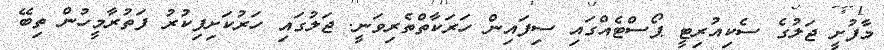
މާފުށީ ޖަލުގެ ސެކިއުރިޓީ ޕޯސްޓެއްގައި ސިފައިން ހަރަކާތްތެރިވަނީ. ޖަލުގައި ހަރުކަށިފިކުރު ފަތުރާމީހުން ތިބޭ